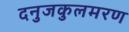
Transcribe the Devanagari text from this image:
दनुजकुलमरण